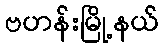
ဗဟန်းမြို့နယ်